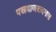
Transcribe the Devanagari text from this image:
पखवाजवादनास